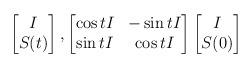
LaTeX: \begin{align*}\begin{bmatrix}I \\S(t)\end{bmatrix}, \begin{bmatrix}\cos t I & -\sin t I \\\sin t I & \cos t I\end{bmatrix} \begin{bmatrix}I \\S(0)\end{bmatrix}\end{align*}